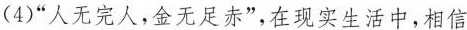
(4)“人无完人，金无足赤”，在现实生活中，相信